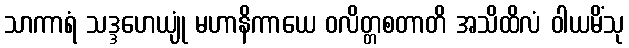
သာကာရံ သဒ္ဒဟေယျုံ မဟာနိကာယေ ဝလိတ္တစတာတိ အသိထိလံ ဝါယမိံသု